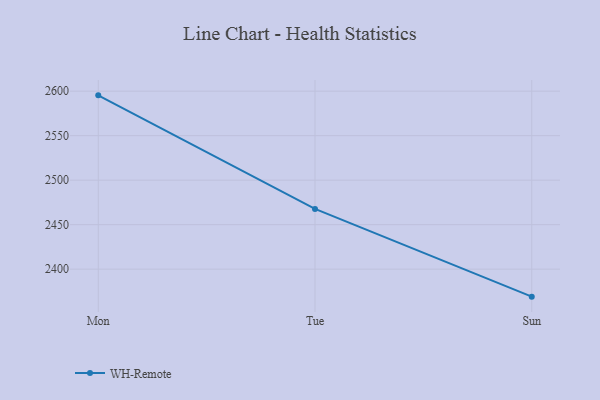
{"axis": {"x": "Day", "y": "Churn Rate (%)"}, "legend": ["WH-Remote"], "data": [{"x": "Mon", "y": 2595.3, "type": "WH-Remote"}, {"x": "Tue", "y": 2467.7, "type": "WH-Remote"}, {"x": "Sun", "y": 2369.1, "type": "WH-Remote"}]}